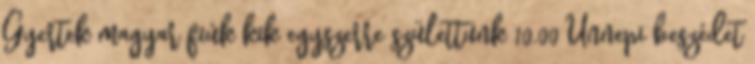
Gyertek magyar fiúk kik egyszerre születtünk 10.00 Ünnepi beszédet